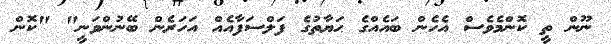
ނޫން ތީ ކޮންމެވެސް އެހެން ބައެއްގެ ޙަޔާތުގެ ފަލްސަފާއެއް އަހަރެން ބޭނުންވަނީ" "ކޮން